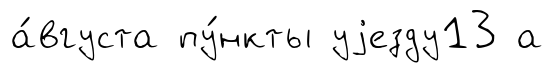
а́вгуста пу́нкты уjезду13 а